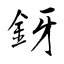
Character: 釾